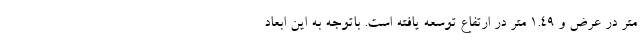
متر در عرض و 1.49 متر در ارتفاع توسعه یافته است. باتوجه به این ابعاد